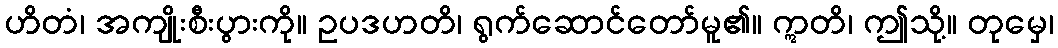
ဟိတံ၊ အကျိုးစီးပွားကို။ ဥပဒဟတိ၊ ရွက်ဆောင်တော်မူ၏။ ဣတိ၊ ဤသို့။ တုမှေ၊